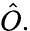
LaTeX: \hat{O}.